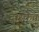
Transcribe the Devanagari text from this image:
द्वारकेत